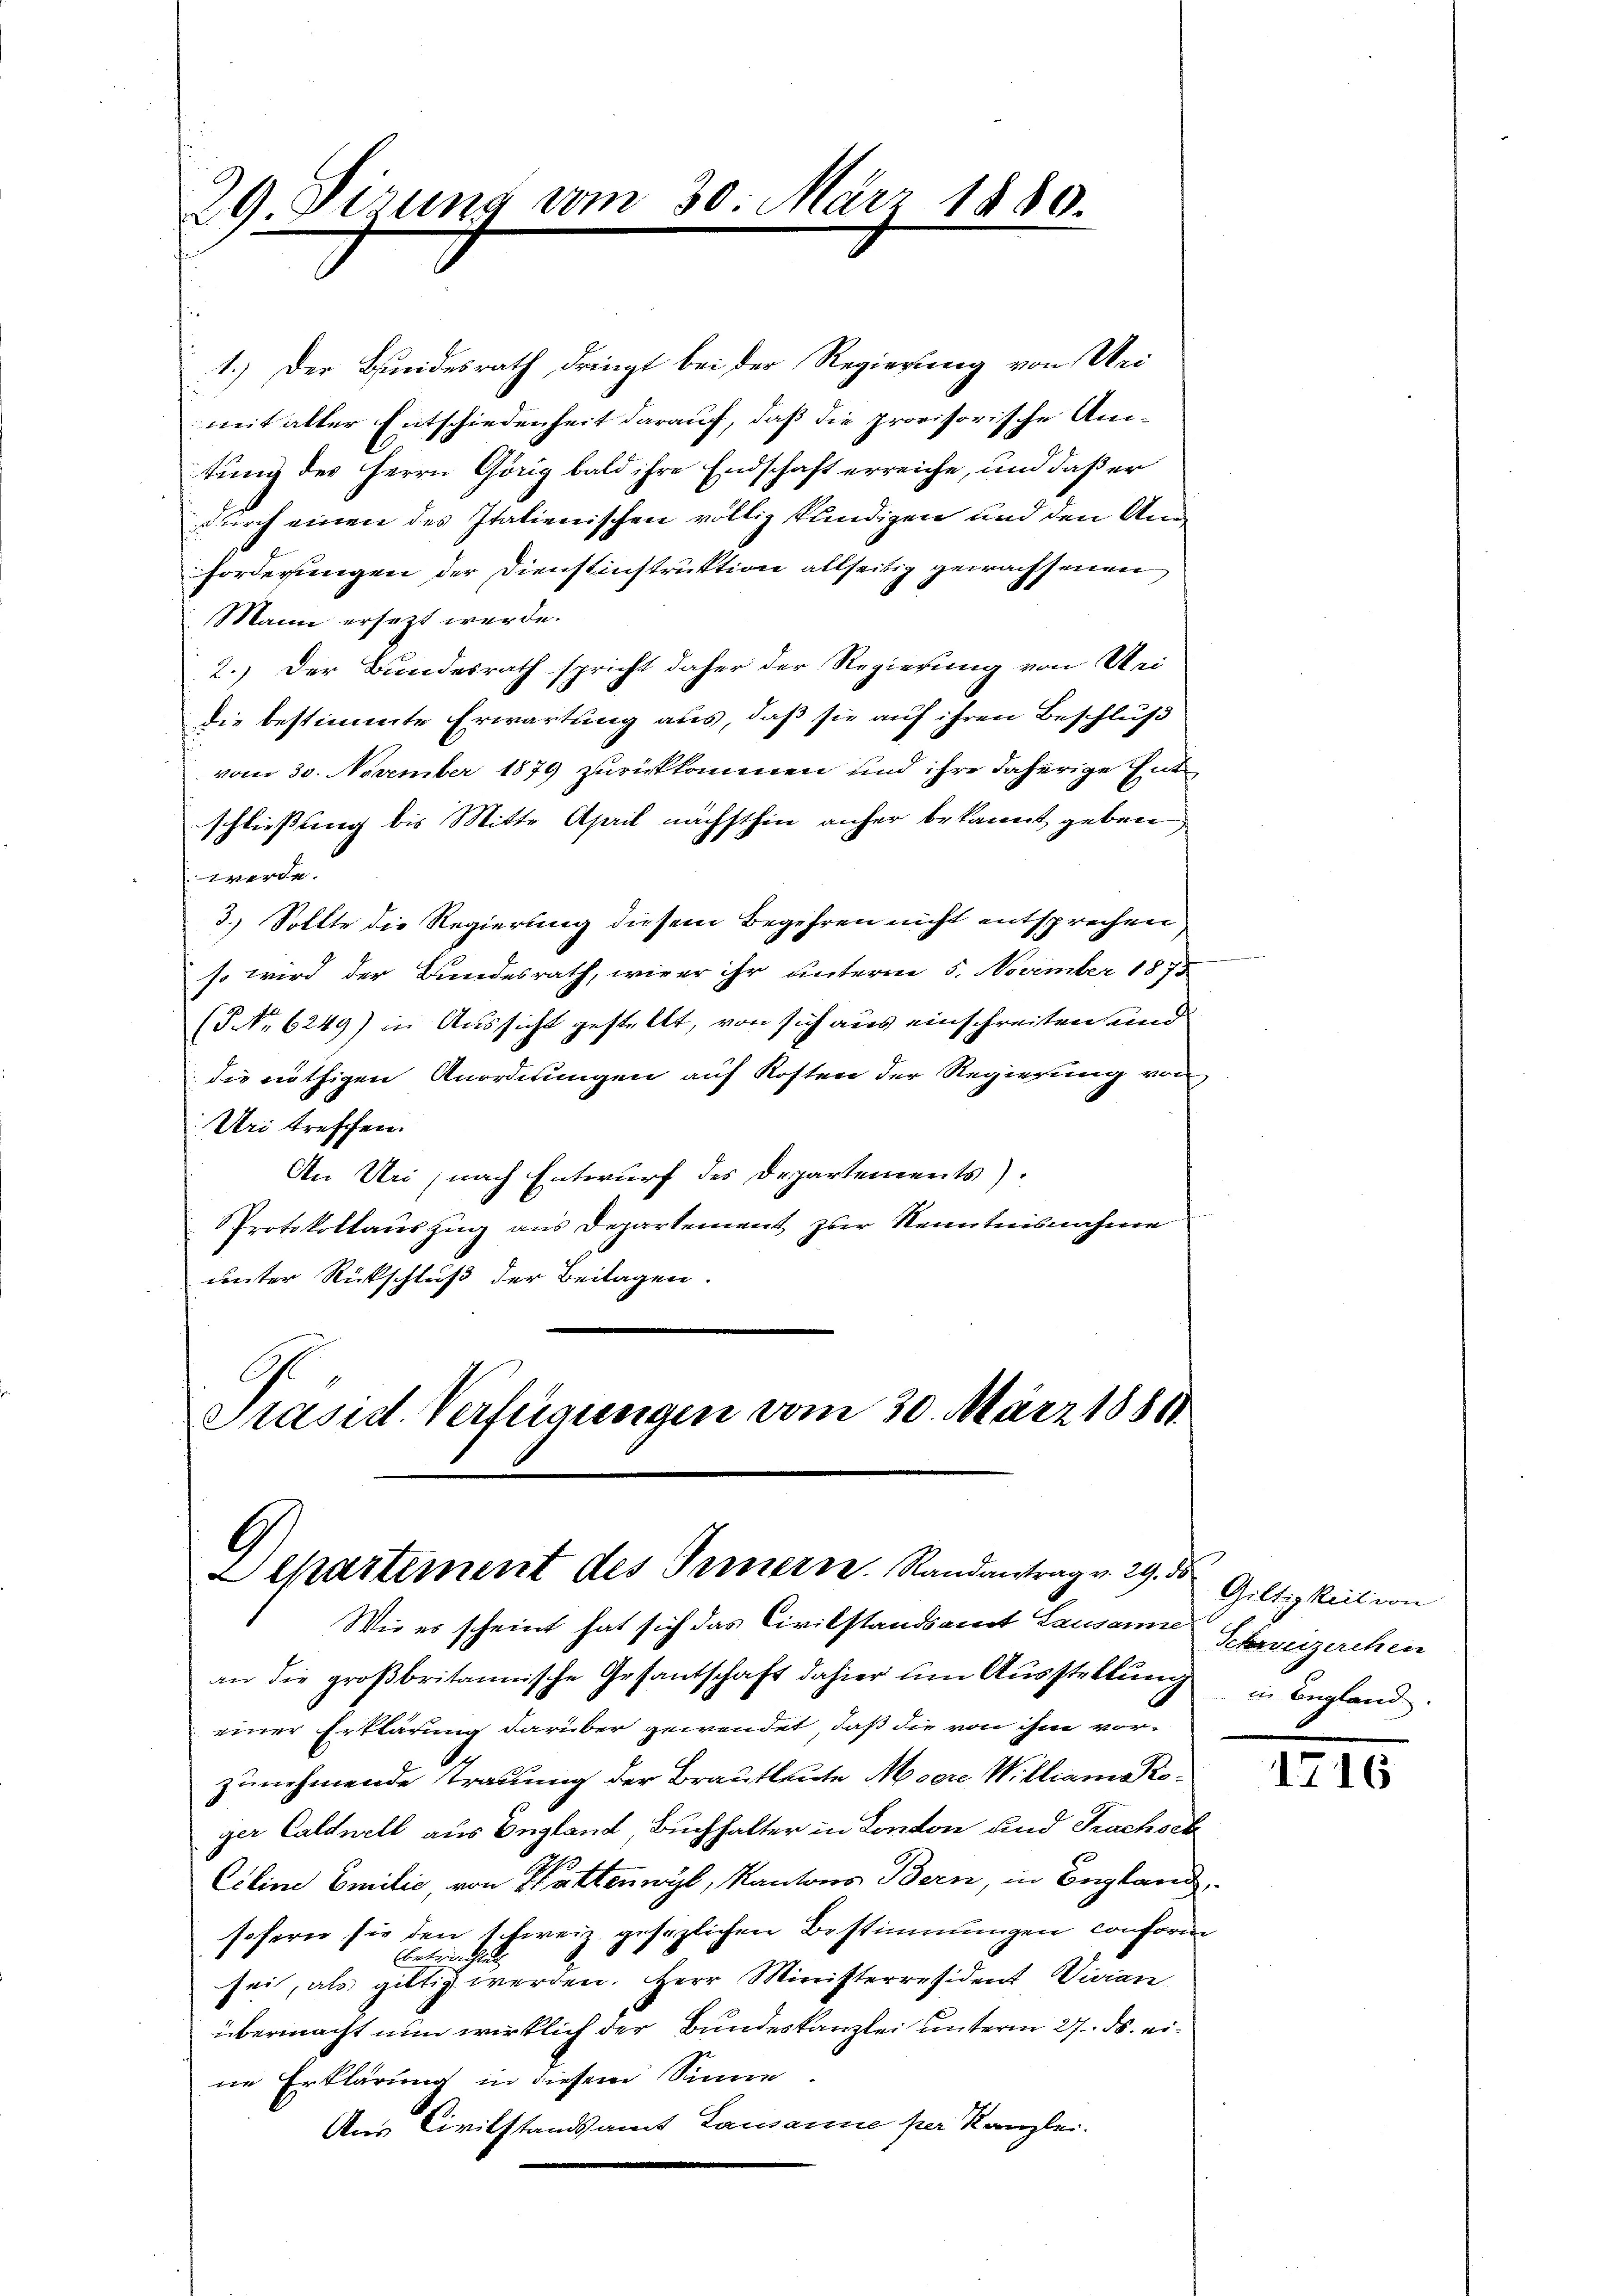
29 Pirung vom 30. März 1880.
2

1.) Der Bundesrath dringt bei der Regierung von Wei
mit alter Entschiedenheit darauf, daß die provisorische Antung des Herrn Görig bald ihre Endschaft erreiche, und daß er
durch einen des Italienischen völlig kundigen und den An¬
Forderungen der Dienstinstruktion allseitig gewachsenen
Mann ersetzt werde.
2.) Der Bundesrath spricht daher der Regierung von Meidie bestimmte Erwartung aus, daß sie auf ihren Beschluß
vom 30. November 1879 zurückkommen und ihre daherige Entschließung bis Mitte April nächsthin anher bekannt geben
werde.
3.) Sollte die Regierung diesem Begehren nicht entsprechen
so wird der Bundesrath, wieer ihr unterm 5. November 1873
( No 6249) in Aussicht gestellt, von sich aus einschreiten und
die nöthigen Anordnungen auf Kosten der Regierung von
Uri treffen.
An Uri nach Entwurf des Departements).
Protokollauszug aus Departement zur Kenntnisnahme
unter Rückschluß der Beilagen.
Präsid. Verfügungen vom 30. März 1881

Departement des Innern. Randantrag v. 29. ds
Wie es scheint hat sich das Civilstandsamt Lausanne Schweizerchen

an die großbritannische Gesantschaft dahier um Ausstellung in Begland.
einer Erklärung darüber gewendet, daß die von ihm vor-
zunehmende Trauung der Brautleute Meere William Proger Caldnell aus England, Buchhalter in London und Fruchsch
Ciline Emilić, von Wattenwyl, Kantons Bern, in Begland
sofern sie den 1 fweiz gesezlichen Bestimmungen conform
betrachtet
sei, als gültig werden. Herr Ministerresident Vivian
übermacht nun wirklich der Bundeskanzlei unterm 27. ds. eine Erklärung in diesem Sinne
Aus Civilstandsamt Lausanne per Kanzlei.

Giltigkeit von

1716